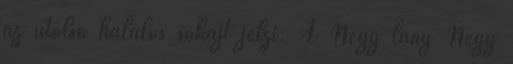
az utolsó halálos sóhajt jelzi. A Négy lány Négy